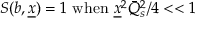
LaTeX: S ( \b { b } , \underline { { { x } } } ) = 1 \ \mathrm { w h e n } \ \underline { { { x } } } ^ { 2 } \bar { Q } _ { s } ^ { 2 } / 4 < < 1